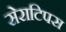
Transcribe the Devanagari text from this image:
सेराटिपस